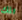
تلك